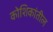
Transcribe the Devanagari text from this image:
कोशिकांतील